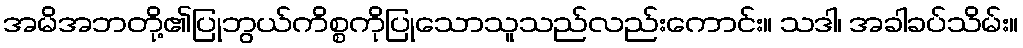
အမိအဘတို့၏ပြုဘွယ်ကိစ္စကိုပြုသောသူသည်လည်းကောင်း။ သဒါ၊ အခါခပ်သိမ်း။